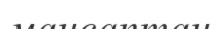
мансаптан